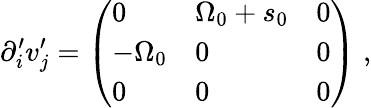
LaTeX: \partial_{i}^{\prime}v_{j}^{\prime}=\left(\begin{array}{lll}{0}&{{\Omega}_{0}+s_{0}}&{0}\\ {-{\Omega}_{0}}&{0}&{0}\\ {0}&{0}&{0}\end{array}\right)\; ,